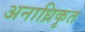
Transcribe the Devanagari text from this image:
अनाध्रिकृत